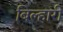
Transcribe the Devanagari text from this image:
बिल्हारी